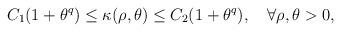
LaTeX: \begin{align*} C_1(1+\theta^q)\leq \kappa(\rho,\theta)\leq C_2(1+\theta^q), \quad\forall \rho, \theta>0,\\\end{align*}